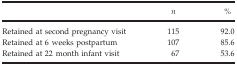
|  | n | % |
 | --- | --- | --- |
 | Retained at second pregnancy visit | 115 | 92.0 |
 | Retained at 6 weeks postpartum | 107 | 85.6 |
 | Retained at 22 month infant visit | 67 | 53.6 |